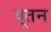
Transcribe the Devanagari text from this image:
यूतन